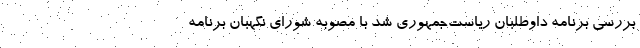
بررسی برنامه داوطلبان ریاست‌جمهوری شد با مصوبه شورای نگهبان برنامه